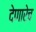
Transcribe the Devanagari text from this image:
देणारेच